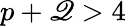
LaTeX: p+\mathscr{Q}>4